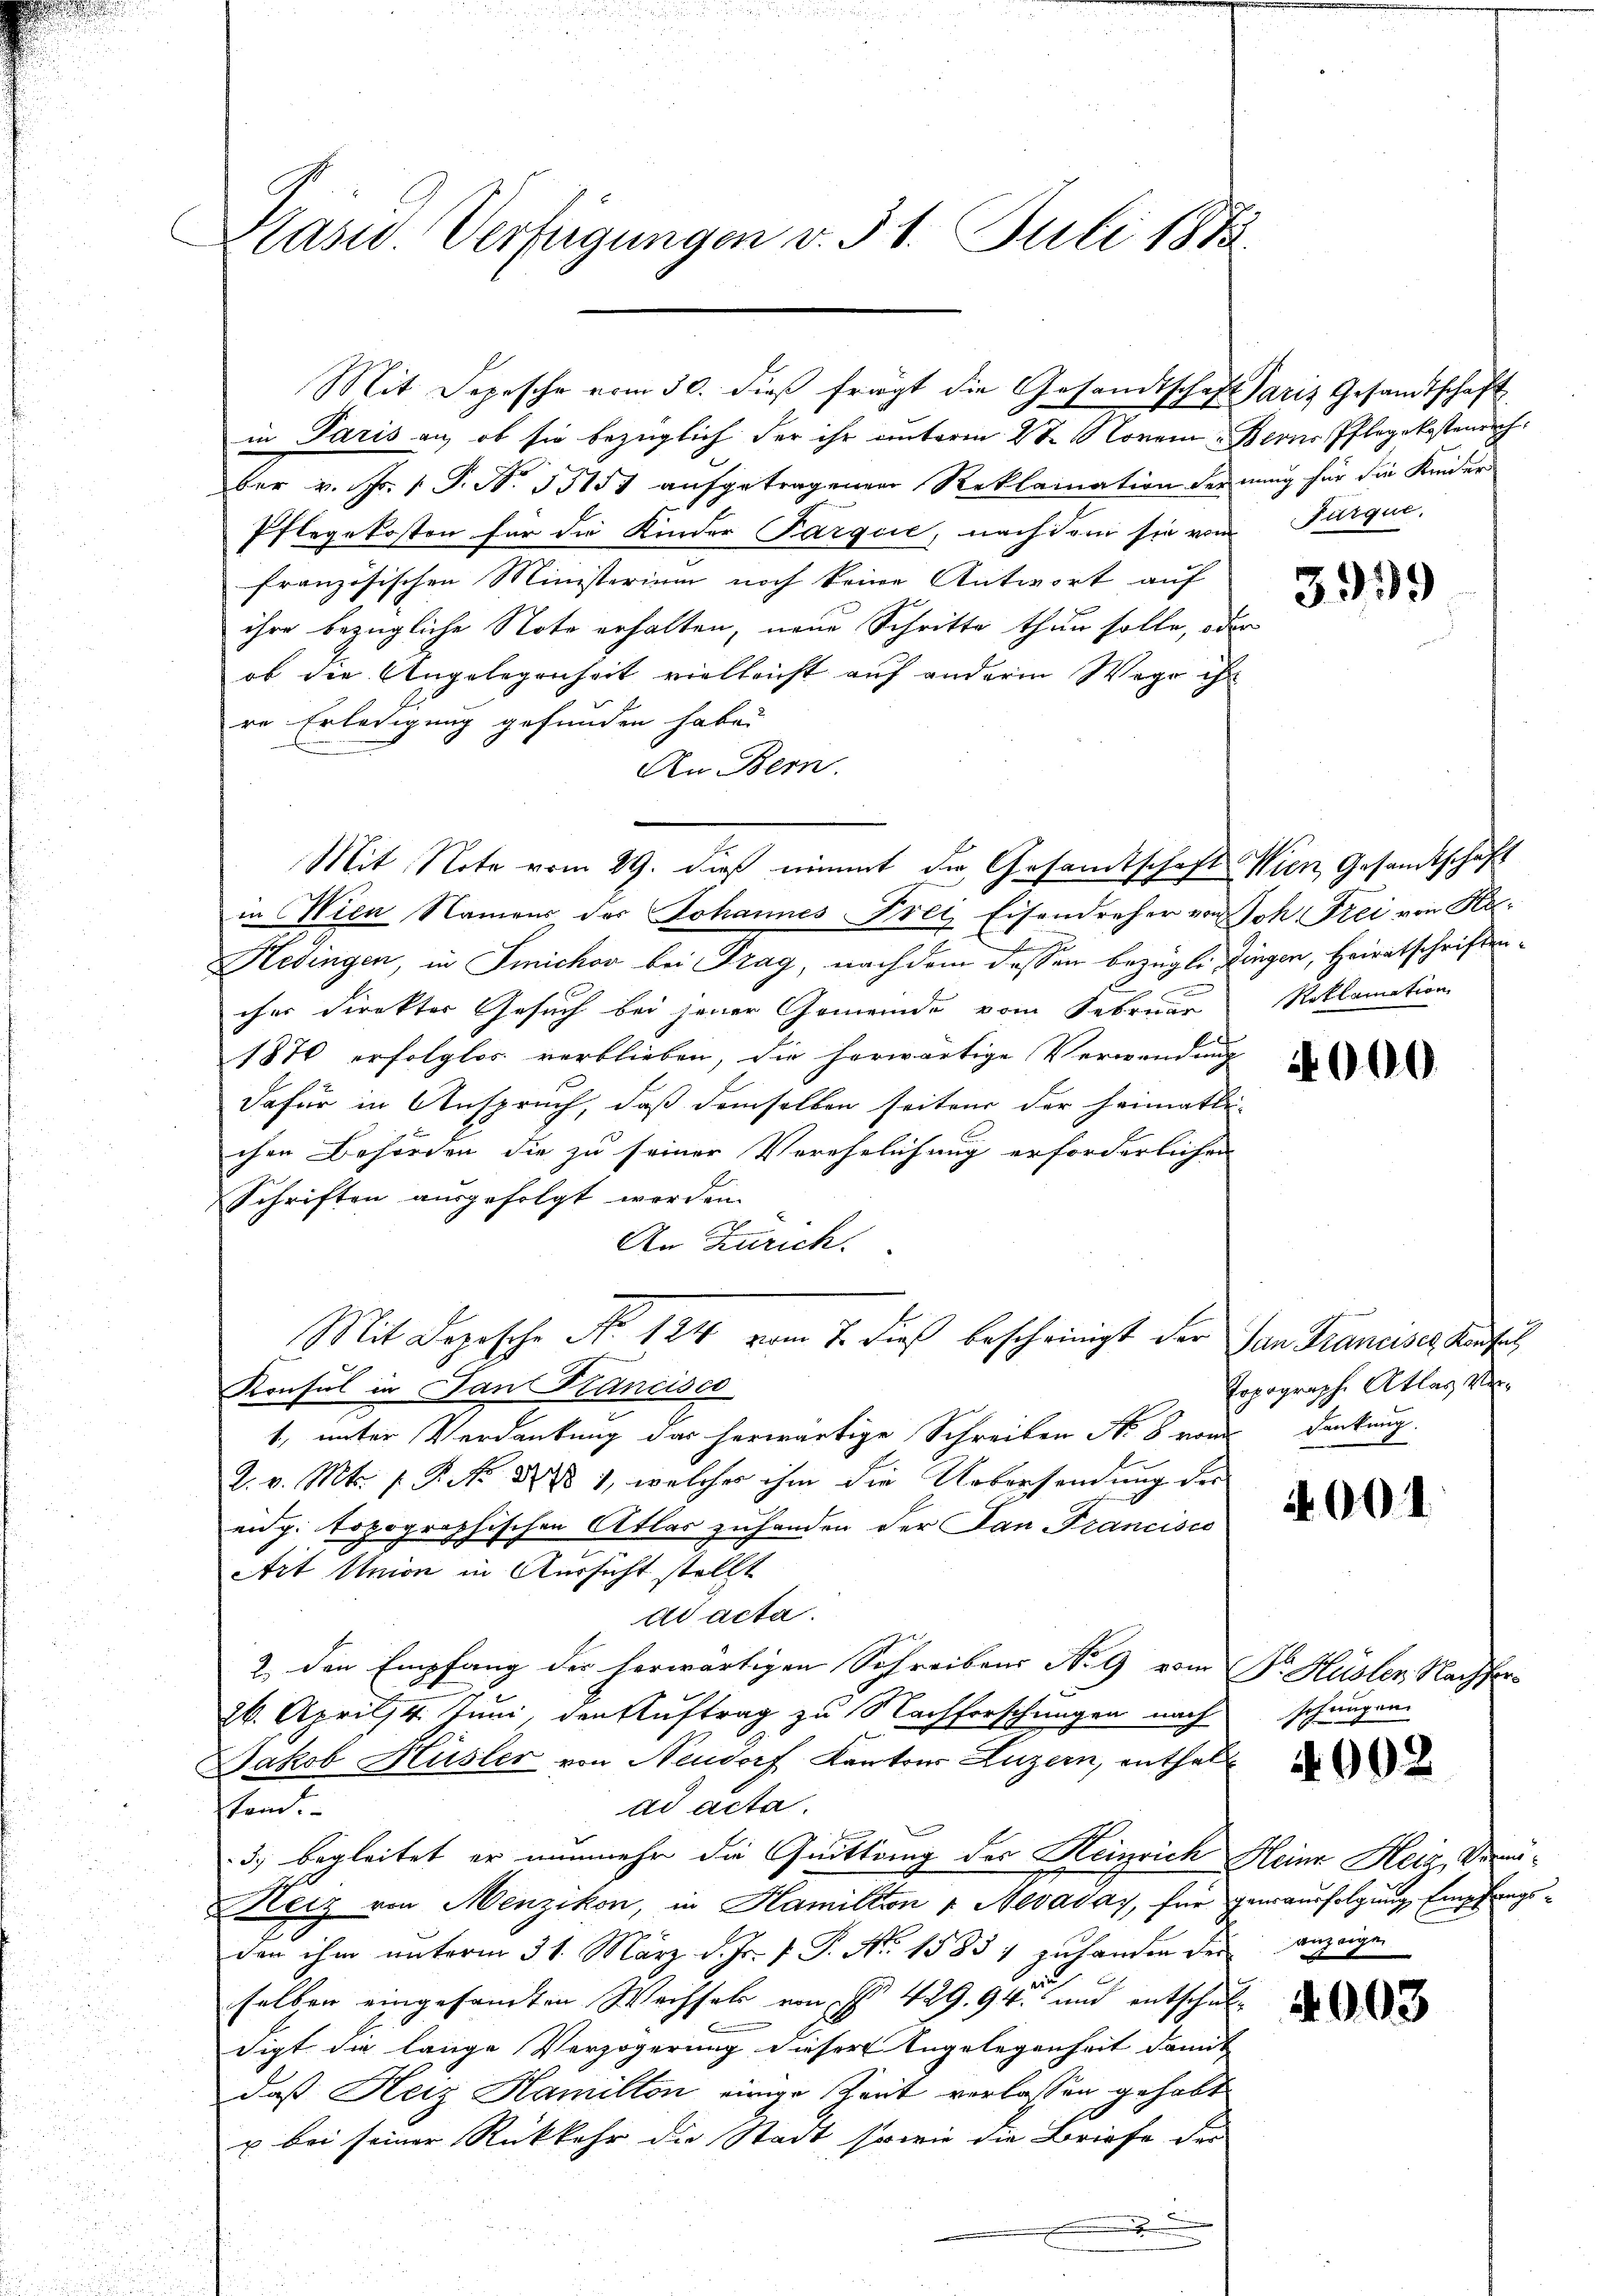
Kasw. Verfügungen v. 31. Juli 1883.

ber v. Fr. 1. P. Nr. 35151 aŭfgetragenen Reklamation der nŭng für die Kaiser
Pflegekosten für die Kinder Parque, nachdem sie von Furque
französischen Ministerium noch keine Antwort auf
ihre bezügliche Note erhalten, neue Schritte thun solle, oder
ob die Angelegenheit vielleicht auf andere Wege ihr
re Erledigung gefunden habe.
An Bern.
Mit Note vom 29. dieß nimmt die Gesamtschaft Wien Gesandtschaft
in Wien Namens des Johannes Frei Eisendreher von Joh. Frei von Ke
Eige
Hedingen, in Sichov bei Frag, nachdem dessen bezügle Dingen, Heiratschriftencher Direkter Gesuch bei jener Gemeinde vom Februar
1870 erfolglos verblieben, die herwärtige Verwendung
dafür in Anspruch, daß demselben seiten der Heimatli-
chen Behörden die zu seiner Verehelichung erforderlichen
Schriften ausgefolgt worden.
An Zürich.
Mit Dopische No 124 vom 7. die bescheinigt der San Francises Kaufes
Konsul in San Francisco
1, unter Verdankung das herwärtige Schreiben No 8 von Denkung.
2. v. Mts. f. P. Nr. 1888), welcher ihm die Uebersendung der
eidg. topographischen Atlas zuhanden der San Francisco
Art Union in Aussicht stellt
ad acta.
2. den Empfang der herwärtigen Schreibens No 9 vom Dr. Hüsler Nacht
26. April 4. Juni, den Auftrag zu Nachforschungen nach
Jakob Hüsler von Neudorf Kantons Luzern, enthal
ad acta.
stem.
3) begleitet er nunmehr die Quittung des Heinrich Heine Heiz, Vermö¬
Heiz von Menzikon, in Hamillion u. Nevaday, für genausfolgung, Empfangsden ihm unterm 31. März d. Js. f. P. Nr. 1588) zuhanden des anzeigen
selben eingesandten Wechsels von § 429. 94 und entschuldigt die lange Verzögerung dieser Angelegenheit damit
daß Herz Hamillon einige Zeit verlassen gehabt
u bei seiner Rückkehr die Stadt sowie die Briefe der
d
.

Mit Depesche vom 30. dieß frägt die Gesandtschaft Paris Gesandtschaft
in Paris an, ob sie bezüglich der ihr unterm 28. Novem Berns Pflegekostenrech

u

3999

Roklamation

4000.

Topograph Atlas Ver¬

4001

schungen.

4002

4003